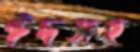
ঈদসহ